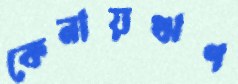
কেনায়ঋণ